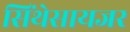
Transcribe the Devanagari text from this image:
सिंथेसायजर